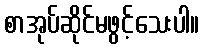
စာအုပ်ဆိုင်မဖွင့်သေးပါ။